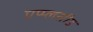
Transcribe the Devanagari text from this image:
एप्प्लसीड